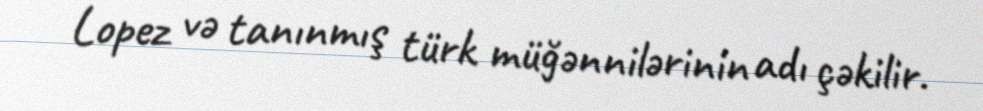
Lopez və tanınmış türk müğənnilərinin adı çəkilir.